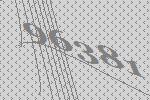
96381